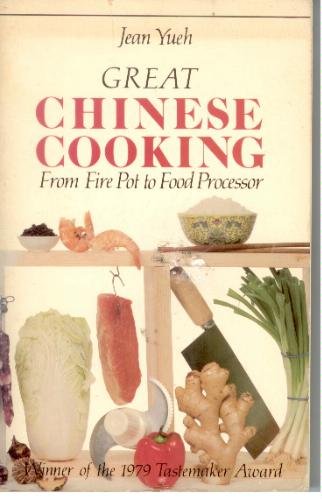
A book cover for Great Chinese Cooking; Jean Yueh; Cookbooks, Food & Wine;